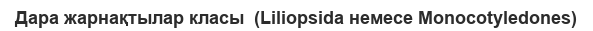
Дара жарнақтылар класы  (Liliopsida немесе Monocotyledones)